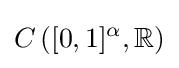
C\left([0,1]^{\alpha },\mathbb {R} \right)